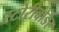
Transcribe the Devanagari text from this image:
स्टोरीबोर्डर